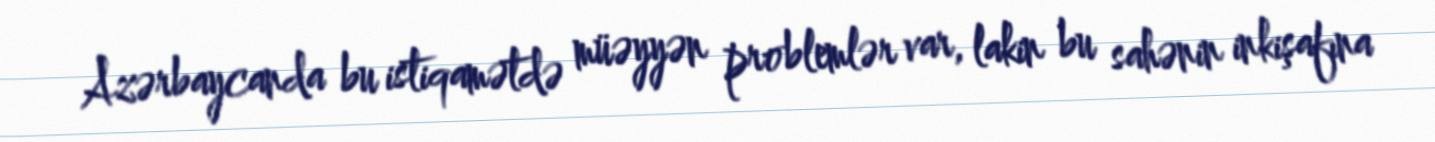
Azərbaycanda bu istiqamətdə müəyyən problemlər var, lakin bu sahənin inkişafına